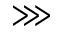
\ggg